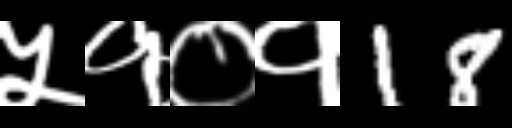
Text: ५१०१18